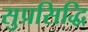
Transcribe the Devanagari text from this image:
सुप्रसिद्धि